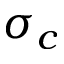
\sigma _ { c }